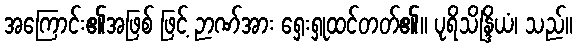
အကြောင်း၏အဖြစ် ဖြင့် ဉာဏ်အား ရှေးရှုထင်တတ်၏။ ပုရိသိန္ဒြိယံ၊ သည်။